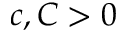
c , C > 0